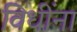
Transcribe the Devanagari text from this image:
विधींना